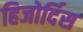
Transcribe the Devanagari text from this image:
हिजोर्दिस